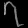
Digit: ၇